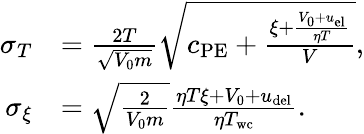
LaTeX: \begin{array}{rl}{\sigma_{T}}&{=\frac{2T}{\sqrt{V_{0}m}}\sqrt{c_{\mathrm{PE}}+\frac{\xi+\frac{V_{0}+u_{\mathrm{el}}}{\eta T}}{V}},}\\ {\sigma_{\xi}}&{=\sqrt{\frac{2}{V_{0}m}}\frac{\eta T\xi+V_{0}+u_{\mathrm{del}}}{\eta T_{\mathrm{wc}}}.}\end{array}